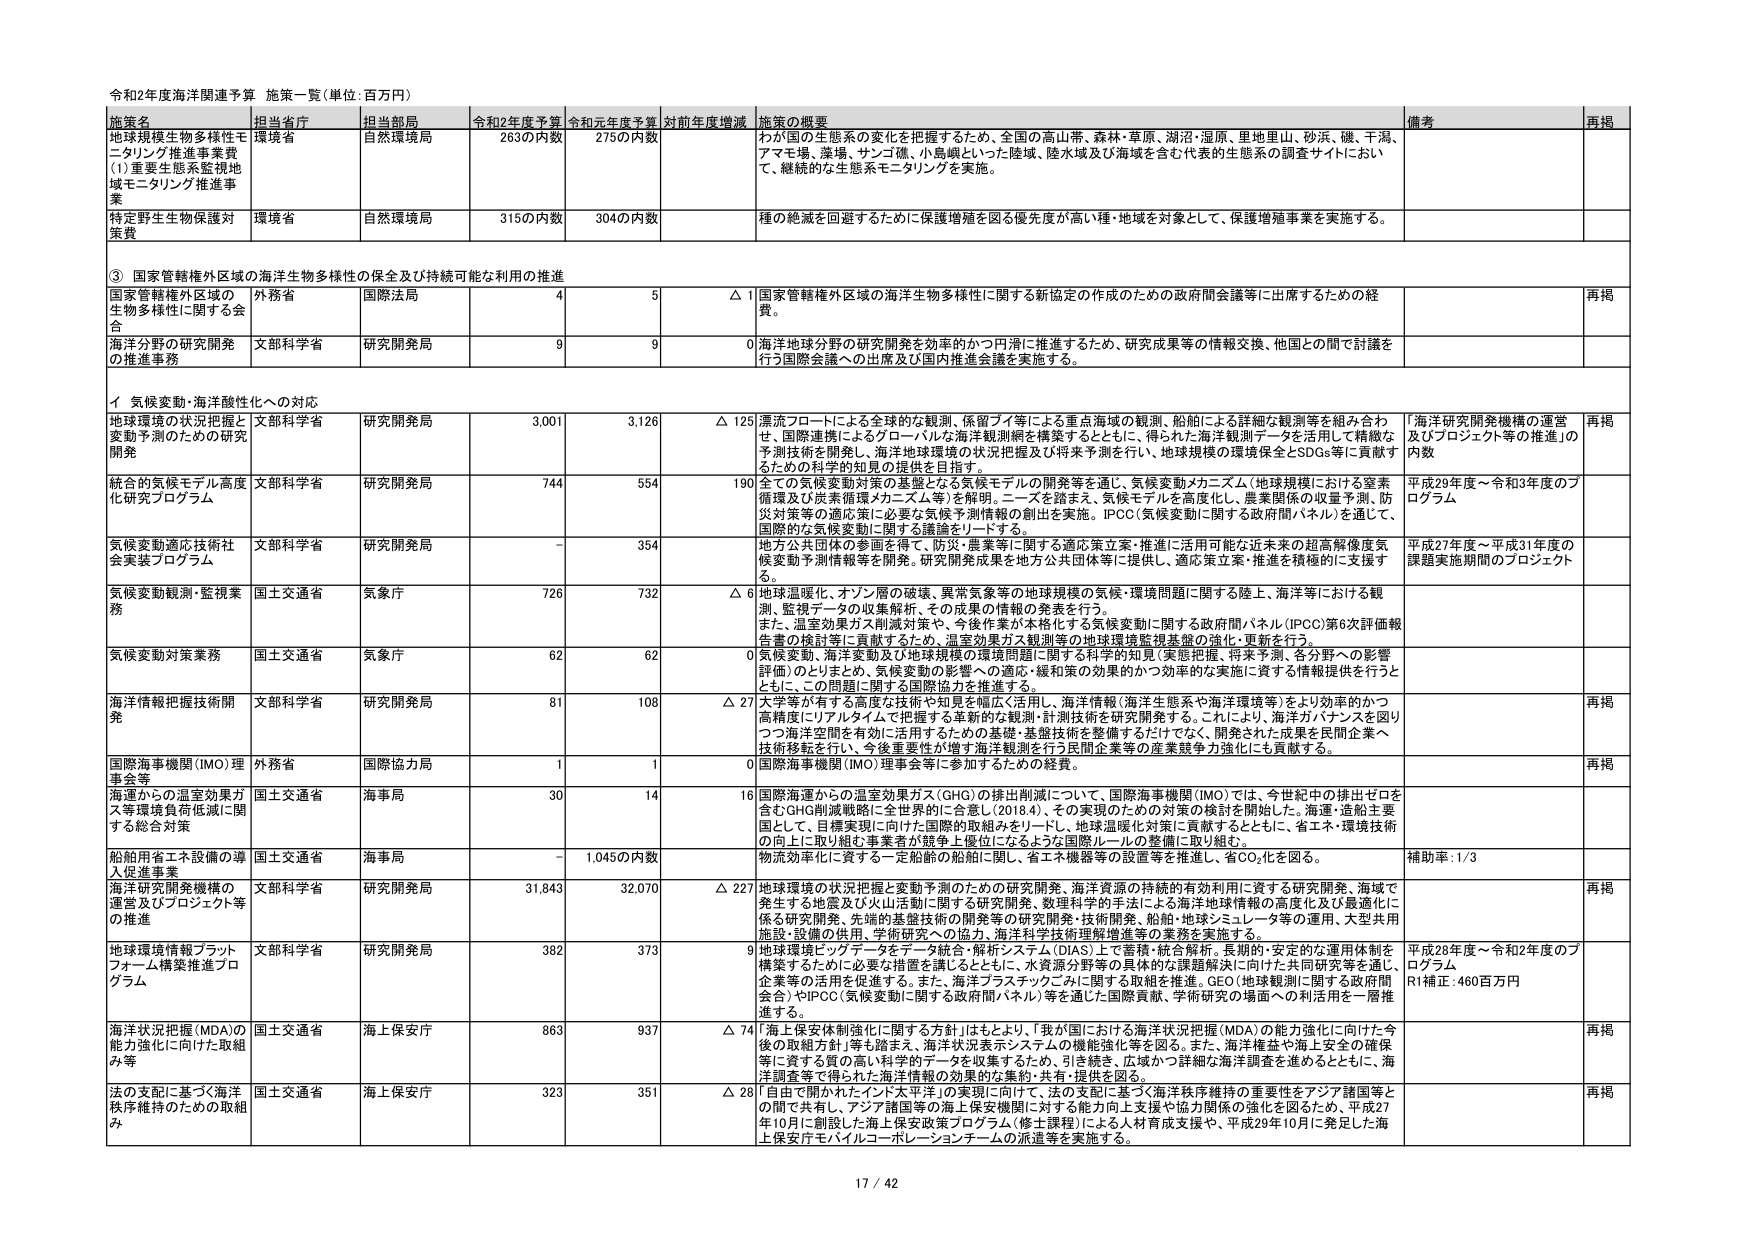
令和2年度海洋関連予算 施策一覧（単位：百万円）

施策名 担当省庁 担当部局 令和2年度予算 令和元年度予算 対前年度増減 施策の概要 備考 再掲

地球規模生物多様性モニタリング推進事業費 (1)重要生態系監視地域モニタリング推進事業 環境省 自然環境局 263の内数 275の内数 わが国の生態系の変化を把握するため、全国の高山帯、森林・草原、湖沼・湿原、里地里山、砂浜、磯、干潟、アマモ場、藻場、サンゴ礁、小島嶼といった陸域、陸水域及び海域を含む代表的生態系の調査サイトにおいて、継続的な生態系モニタリングを実施。

特定野生生物保護対策費 環境省 自然環境局 315の内数 304の内数 種の絶滅を回避するために保護増殖を図る優先度が高い種・地域を対象として、保護増殖事業を実施する。

③ 国家管轄権外区域の海洋生物多様性の保全及び持続可能な利用の推進

国家管轄権外区域の生物多様性に関する会合 外務省 国際法局 4 5 △ 1 国家管轄権外区域の海洋生物多様性に関する新協定の作成のための政府間会議等に出席するための経費。 再掲

海洋分野の研究開発の推進事務 文部科学省 研究開発局 9 9 0 海洋地球分野の研究開発を効率的かつ円滑に推進するため、研究成果等の情報交換、他国との間で討議を行う国際会議への出席及び国内推進会議を実施する。

イ 気候変動・海洋酸性化への対応

地球環境の状況把握と変動予測のための研究開発 文部科学省 研究開発局 3,001 3,126 △ 125 漂流フロートによる全球的な観測、係留ブイ等による重点海域の観測、船舶による詳細な観測等を組み合わせ、国際連携によるグローバルな海洋観測網を構築するとともに、得られた海洋観測データを活用して精緻な予測技術を開発し、海洋地球環境の状況把握及び将来予測を行い、地球規模の環境保全とSDGs等に貢献するための科学的知見の提供を目指す。 「海洋研究開発機構の運営及びプロジェクト等の推進」の内数 再掲

統合的気候モデル高度化研究プログラム 文部科学省 研究開発局 744 554 190 全ての気候変動対策の基盤となる気候モデルの開発等を通じ、気候変動メカニズム（地球規模における窒素循環及び炭素循環メカニズム等）を解明。ニーズを踏まえ、気候モデルを高度化し、農業関係の収量予測、防災対策等の適応策に必要な気候予測情報の創出を実施。IPCC（気候変動に関する政府間パネル）を通じて、国際的な気候変動に関する議論をリードする。 平成29年度～令和3年度のプログラム

気候変動適応技術社会実装プログラム 文部科学省 研究開発局 - 354 地方公共団体の多面を得て、防災・農業等に関する適応可能立案・推進に活用可能な近未来の超高解像度気候変動予測情報等を開発。研究開発成果を地方公共団体等に提供し、適応策立案・推進を積極的に支援する。 平成27年度～平成31年度の課題実施期間のプロジェクト

気候変動観測・監視業務 国土交通省 気象庁 726 732 △ 6 地球温暖化、オゾン層の破壊、異常気象等の地球規模の気候・環境問題に関する陸上、海洋等における観測、監視データの収集解析、その成果の情報の発表を行う。 また、温室効果ガス削減対策や、今後作業が本格化する気候変動に関する政府間パネル（IPCC）第6次評価報告書の検討等に貢献するため、温室効果ガス観測等の地球環境監視基盤の強化・更新を行う。

気候変動対策業務 国土交通省 気象庁 62 62 0 気候変動、海洋変動及び地球規模の環境問題に関する科学的知見（実態把握、将来予測、各分野への影響評価）のとりまとめ、気候変動の影響への適応・緩和策の効果的かつ効率的な実施に資する情報提供を行うとともに、この問題に関する国際協力を推進する。

海洋情報把握技術開発 文部科学省 研究開発局 81 108 △ 27 大学等が有する高度な技術や知見を幅広く活用し、海洋情報（海洋生態系や海洋環境等）をより効率的かつ高精度にリアルタイムで把握する革新的な観測・計測技術を研究開発する。これにより、海洋カバナンスを図りつつ海洋空間を有効に活用するための基礎・基盤技術を整備するだけでなく、開発された成果を民間企業へ技術移転を行い、今後重要性が増す海洋観測を行う民間企業等の産業競争力強化にも貢献する。 再掲

国際海事機関（IMO）理事会等 外務省 国際協力局 1 1 0 国際海事機関（IMO）理事会等に参加するための経費。 再掲

海運からの温室効果ガス等環境負荷低減に関する総合対策 国土交通省 海事局 30 14 16 国際海運からの温室効果ガス（GHG）の排出削減について、国際海事機関（IMO）では、今世紀中の排出ゼロを含むGHG削減戦略に全世界的に合意し（2018.4）、その実現のための対策の検討を開始した。海運・造船主要国として、目標実現に向けた国際的取組みをリードし、地球温暖化対策に貢献するとともに、省エネ・環境技術の向上に取り組む事業者が競争上優位になるような国際ルールの整備に取り組む。

船舶用省エネ設備の導入促進事業 国土交通省 海事局 - 1,045の内数 物流効率化に資する一定船舶の船舶に関し、省エネ機器等の設置等を推進し、省CO₂化を図る。 補助率：1/3

海洋研究開発機構の運営及びプロジェクト等の推進 文部科学省 研究開発局 31,843 32,070 △ 227 地球環境の状況把握と変動予測のための研究開発、海洋資源の持続的有効利用に資する研究開発、海域で発生する地震及び火山活動に関する研究開発、数理科学的手法による海洋地球情報の高度化及び最適化に係る研究開発、先端的基盤技術の開発等の研究開発・技術開発、船舶・地球シミュレータ等の運用、大型共用施設・設備の供用、学術研究への協力、海洋科学技術理解増進等の業務を実施する。 再掲

地球環境情報プラットフォーム構築推進プログラム 文部科学省 研究開発局 382 373 9 地球環境ビッグデータをデータ統合・解析システム（DIAS）上で蓄積・統合解析、長期的・安定的な運用体制を構築するために必要な措置を講じるとともに、水資源分野等の具体的な課題解決に向けた共同研究等を通じ、企業等の活用を促進する。また、海洋プラスチックごみに関する取組を推進。GEO（地球観測に関する政府間会合）やIPCC（気候変動に関する政府間パネル）等を通じた国際貢献、学術研究の場面への利活用を一層推進する。 平成28年度～令和2年度のプログラム R1補正：460百万円

海洋状況把握（MDA）の能力強化に向けた取組み等 国土交通省 海上保安庁 863 937 △ 74 「海上保安体制強化に関する方針」はもとより、「我が国における海洋状況把握（MDA）の能力強化に向けた今後の取組方針」等も踏まえ、海洋状況表示システムの機能強化等を図る。また、海洋権益や海上安全の確保等に資する質の高い科学的データを収集するため、引き続き、広域かつ詳細な海洋調査を進めるとともに、海洋調査等で得られた海洋情報の効果的な集約・共有・提供を図る。 再掲

法の支配に基づく海洋秩序維持のための取組み 国土交通省 海上保安庁 323 351 △ 28 「自由で開かれたインド太平洋」の実現に向けて、法の支配に基づく海洋秩序維持の重要性をアジア諸国等との間で共有し、アジア諸国等の海上保安機関に対する能力向上支援や協力関係の強化を図るため、平成27年10月に創設した海上保安政策プログラム（修士課程）による人材育成支援や、平成29年10月に発足した海上保安庁モバイルコーポレーションチームの派遣等を実施する。 再掲

17 / 42